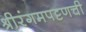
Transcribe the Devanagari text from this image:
श्रीरंगमपट्टणची